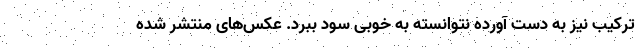
ترکیب نیز به دست آورده نتوانسته به خوبی سود ببرد. عکس‌های منتشر شده